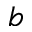
b